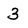
Character: 3